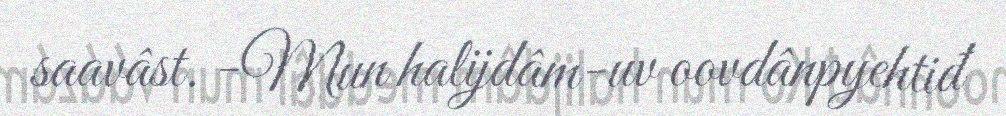
saavâst. -Mun halijdâm-uv oovdânpyehtiđ